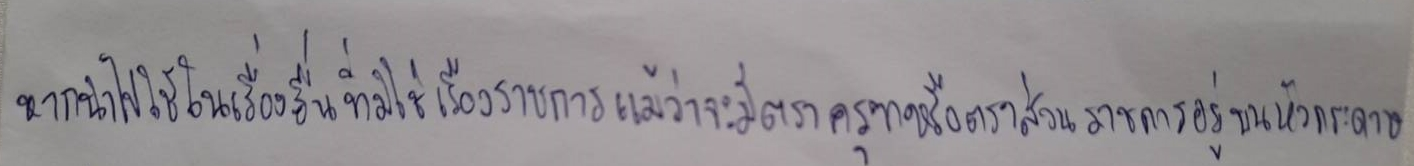
หากนำไปใช้ในเรื่องอื่นที่มิใช่เรื่องราชการแม้ว่าจะมีตราครุฑหรือตราส่วนราชการอยู่บนหัวกระดาษ